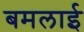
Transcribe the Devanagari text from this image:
बमलाई